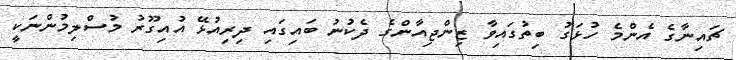
ޗައިނާގެ އެންމެ ހުޅަގު ބިތުގައިވާ ޒިންޖިއާންގެ ދެކުނު ބައިގައި ދިރިއުޅޭ އުއިގޫރު މުސްލިމުންނަކީ